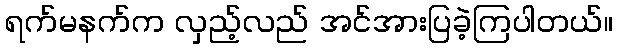
ရက်မနက်က လှည့်လည် အင်အားပြခဲ့ကြပါတယ်။